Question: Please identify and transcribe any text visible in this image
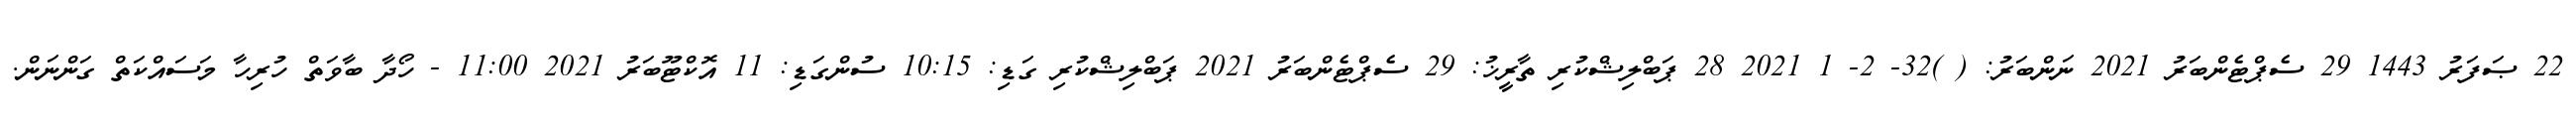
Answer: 22 ޞަފަރު 1443 29 ސެޕްޓެންބަރު 2021 ނަންބަރު: ( )32- 2- 1 2021 28 ޕަބްލިޝްކުރި ތާރީޚު: 29 ސެޕްޓެންބަރު 2021 ޕަބްލިޝްކުރި ގަޑި: 10:15 ސުންގަޑި: 11 އޮކްޓޫބަރު 2021 11:00 - ހޯދާ ބާވަތް ހުރިހާ މަސައްކަތް ގަންނަން.